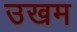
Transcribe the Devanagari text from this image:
उखम